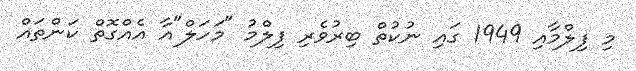
މި ފިލްމާއި 1949 ގައި ނުކުތް ބިރުވެރި ފިލްމު "މަހަލް"އާ އެއްގޮތް ކަންތައް